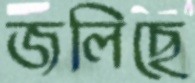
জলিছে